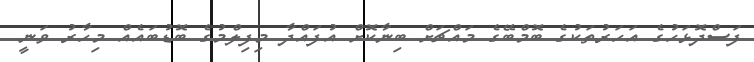
ފަސްދޮޅަހުގެ އަހަރުތަކުގެ ބޮމްބޭގެ މައްޗަށް ބިނާކޮށް އުފައްދާ މިފިލްމުގެ ބޮޑުބައެއް މިހާރު ވަނީ